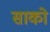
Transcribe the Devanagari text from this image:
साको